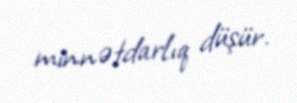
minnətdarlıq düşür.